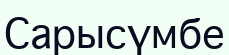
Сарысүмбе